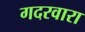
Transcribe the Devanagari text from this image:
गदरवारा